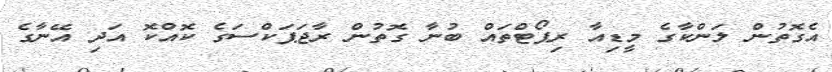
އެގޮތުން ލަންކާގެ މީޑިއާ ރިޕޯޓްތައް ބުނާ ގޮތުން ރާޖަޕަކްސަގެ ކޮއްކޮ އަދި އޭނާގެ